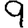
Digit: 9